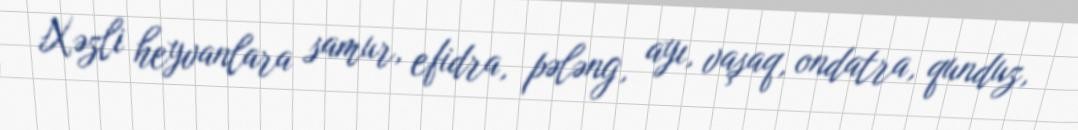
Xəzli heyvanlara samur, efidra, pələng, ayı, vaşaq, ondatra, qunduz,